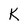
Character: K